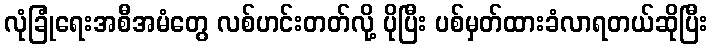
လုံခြုံရေးအစီအမံတွေ လစ်ဟင်းတတ်လို့ ပိုပြီး ပစ်မှတ်ထားခံလာရတယ်ဆိုပြီး